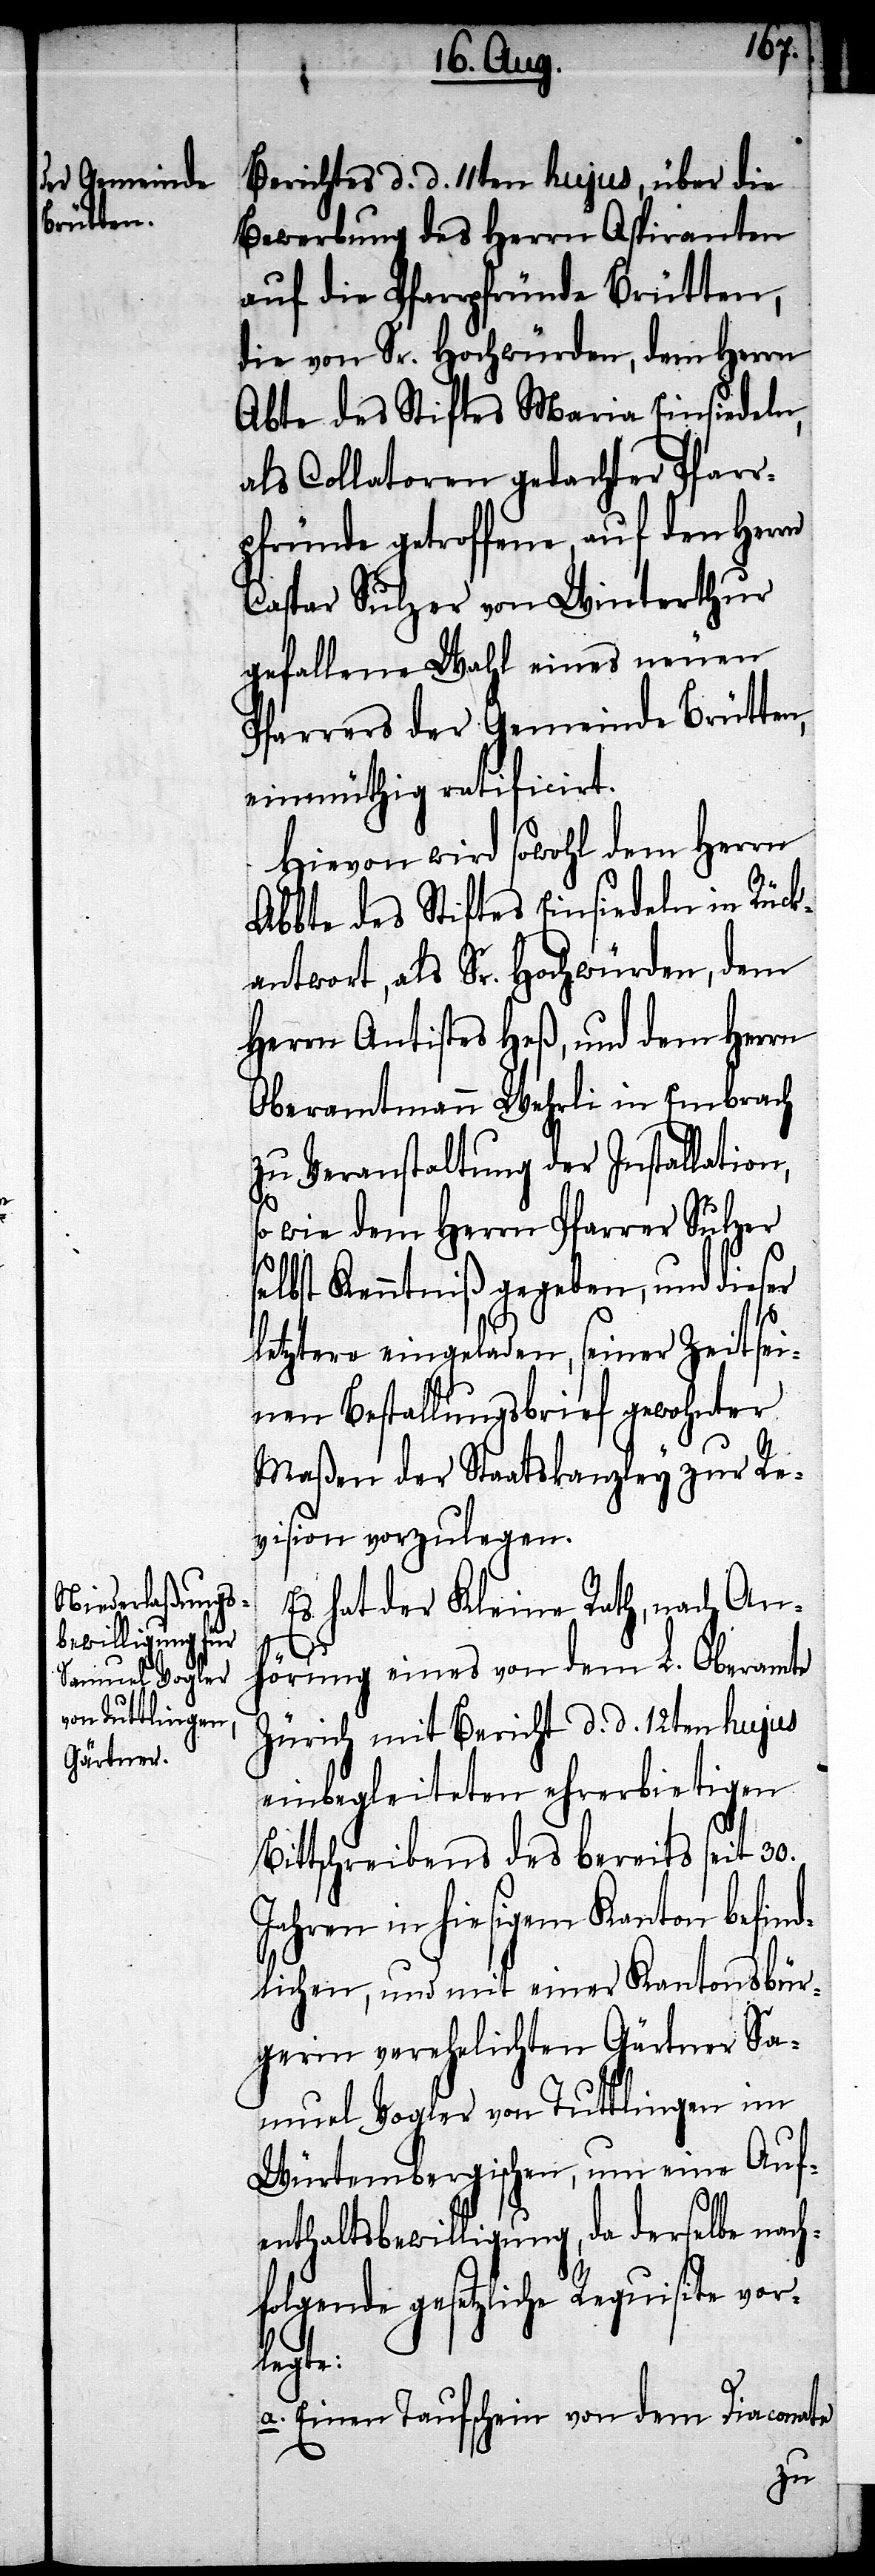
Berichtes d. d. 11ten hujus, über die
Bewerbung des Herrn Aspiranten
auf die Pfarrpfründe Brütten,
die von Sr. Hochwürden, dem Herrn
Abte des Stiftes Maria Einsiedeln,
als Collatoren gedachter Pfarr¬
pfründe getroffene, auf den Herrn
Caspar Sulzer von Winterthur
gefallene Wahl eines neuen
Pfarrers der Gemeinde Brütten,
einmüthig ratificirt.
Hievon wird sowohl dem Herrn
Abbte des Stiftes Einsiedeln in Rück¬
antwort, als Sr. Hochwürden, dem
Herrn Antistes Heß, und dem Herrn
Oberamtmann Wehrli in Embrach
zu Veranstaltung der Installation,
so wie dem Herrn Pfarrer Sulzer
lbst Kenntniß gegeben, und dieser
letztere eingeladen, seiner Zeit sei¬
nen Bestallungsbrief gewohnter
Maßen der Staatskanzley zur Re¬
vision vorzulegen.
Es hat der Kleine Rath, nach An¬
se¬
hörung eines von dem L. Oberamte
Zürich mit Bericht d. d. 12ten hujus
einbegleiteten ehrerbietigen
Bittschreibens des bereits seit 30.
Jahren in hiesigem Kanton befind¬
lichen, und mit einer Kantonsbür¬
gerin verehelichten Gärtner Sa¬
muel Vogler von Tuttlingen im
Würtembergischen, um eine Auf¬
enthaltsbewilligung, da derselbe nach¬
folgende gesetzliche Requisite vor¬
legte:
a. Einen Taufschein von dem Diaconate